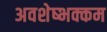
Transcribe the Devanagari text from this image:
अवशेष्भक्कम